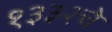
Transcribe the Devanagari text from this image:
१३३२चे